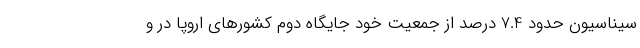
سیناسیون حدود 7.4 درصد از جمعیت خود جایگاه دوم کشورهای اروپا در و